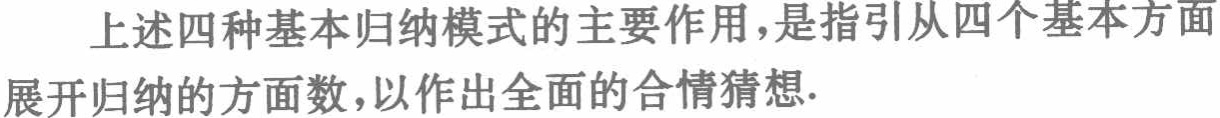
上述四种基本归纳模式的主要作用，是指引从四个基本方面展开归纳的方面数，以作出全面的合情猜想.